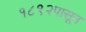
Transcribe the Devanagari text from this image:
१८९२पासून